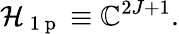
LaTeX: \mathcal{H}_{\mathrm{~1~p~}}\equiv\mathbb{C}^{2J+1}.